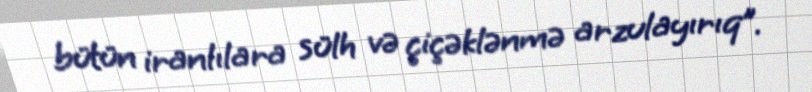
bütün iranlılara sülh və çiçəklənmə arzulayırıq”.